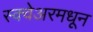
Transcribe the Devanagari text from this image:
स्क्वेअरमधून